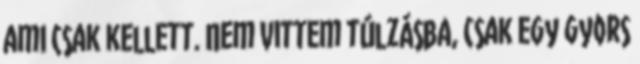
ami csak kellett. Nem vittem túlzásba, csak egy gyors